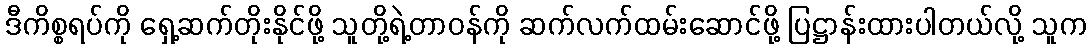
ဒီကိစ္စရပ်ကို ရှေ့ဆက်တိုးနိုင်ဖို့ သူတို့ရဲ့တာဝန်ကို ဆက်လက်ထမ်းဆောင်ဖို့ ပြဋ္ဌာန်းထားပါတယ်လို့ သူက